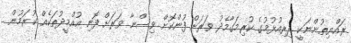
ރައްޔިތުންނަކީ ދިރިއުޅުމުގެ ކުރިމަގާމެދު ވަރަށް ފުންކޮށް ވިސްނާ ވަރަށް ފޮނި އުއްމީދުތަކެއް ކުރަމުން